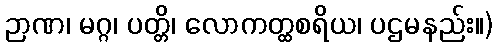
ဉာဏ၊ မဂ္ဂ၊ ပတ္တိ၊ လောကတ္ထစရိယ၊ ပဌမနည်း။)